Indian journal of veterinary science and animal husbandry - Volumes 15-17, 1948-1951
Year: 1948
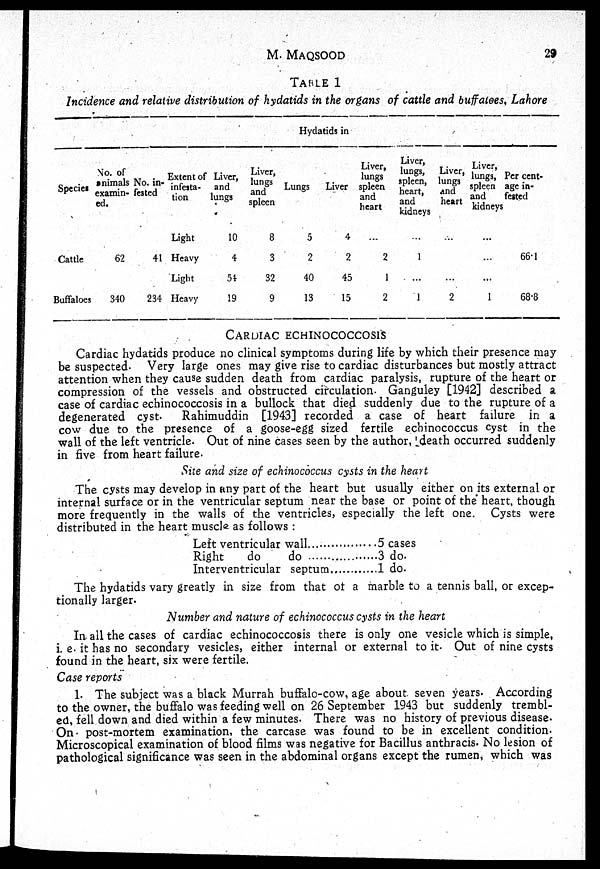
M.
MAQSOOD
29
TABLE 1
Incidence and relative distribution of hydatids in the organs of cattle and buffaloes, Lahore
Hydatids in
Species
Cattle
Buffaloes
No. of
animals
examin-
ed.
62
340
No. in-
fested
41
234
Extent of
infesta-
tion
Light
Heavy
Light
Heavy
Liver,
and
lungs
10
4
54
19
Liver,
lungs
and
spleen
8
3
32
9
Lungs
5
2
40
13
Liver
4
2
45
15
Liver,
lungs
spleen
and
heart
...
2
1
2
Liver,
lungs,
spleen,
heart,
and
kidneys
...
1
...
1
Liver,
lungs
and
heart
...
...
2
Liver,
lungs,
spleen
and
kidneys
...
...
...
1
Per cent¬
age in-
fested
66.1
68.8
CARDIAC ECHINOCOCCOSIS
Cardiac hydatids produce no clinical symptoms during life by which their presence may
be suspected. Very large ones may give rise to cardiac disturbances but mostly attract
attention when they cause sudden death from cardiac paralysis, rupture of the heart or
compression of the vessels and obstructed circulation. Ganguley [1942] described a
case of cardiac echinococcosis in a bullock that died suddenly due to the rupture of a
degenerated cyst. Rahimuddin [1943] recorded a case of heart failure in a
cow due to the presence of a goose-egg sized fertile echinococcus cyst in the
wall of the left ventricle. Out of nine cases seen by the author, death occurred suddenly
in five from heart failure.
Site and size of echinococcus cysts in the heart
The cysts may develop in any part of the heart but usually either on its external or
internal surface or in the ventricular septum near the base or point of the heart, though
more frequently in the walls of the ventricles, especially the left one. Cysts were
distributed in the heart muscle as follows :
Left ventricular wall...............
Right
do
do................
Interventricular septum.........
5 cases
3 do.
1
do.
The hydatids vary greatly in size from that of a marble to a tennis ball, or excep-
tionally larger.
Number and nature of echinococcus cysts in the heart
In all the cases of cardiac echinococcosis there is only one vesicle which is simple,
i. e. it has no secondary vesicles, either internal or external to it. Out of nine cysts
found in the heart, six were fertile.
Case reports
1. The subject was a black Murrah buffalo-cow, age about seven years. According
to the owner, the buffalo was feeding well on 26 September 1943 but suddenly trembl-
ed, fell down and died within a few minutes. There was no history of previous disease.
On post-mortem examination, the carcase was found to be in excellent condition.
Microscopical examination of blood films was negative for Bacillus anthracis. No lesion of
pathological significance was seen in the abdominal organs except the rumen, which was